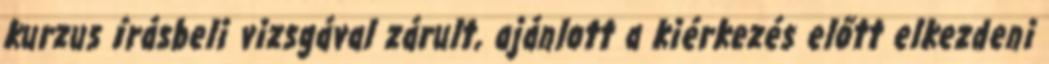
kurzus írásbeli vizsgával zárult, ajánlott a kiérkezés előtt elkezdeni